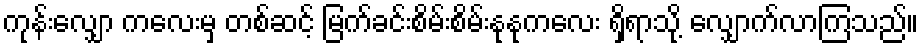
ကုန်းလျှော ကလေးမှ တစ်ဆင့် မြက်ခင်းစိမ်းစိမ်းနုနုကလေး ရှိရာသို့ လျှောက်လာကြသည်။